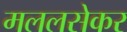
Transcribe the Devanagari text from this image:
मललसेकर